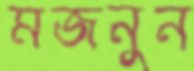
মজনুন